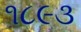
૧૮૯૩